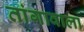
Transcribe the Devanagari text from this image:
तांगावाला